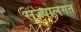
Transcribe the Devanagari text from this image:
राज्यालगत